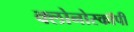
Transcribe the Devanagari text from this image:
क्लोनोस्कॉपी